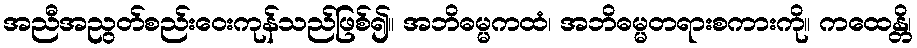
အညီအညွတ်စည်းဝေးကုန်သည်ဖြစ်၍။ အဘိဓမ္မကထံ၊ အဘိဓမ္မတရားစကားကို။ ကထေန္တိ၊